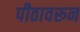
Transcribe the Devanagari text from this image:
पीठावरून